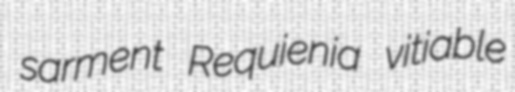
sarment Requienia vitiable